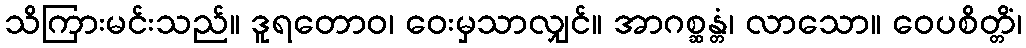
သိကြားမင်းသည်။ ဒူရတောဝ၊ ဝေးမှသာလျှင်။ အာဂစ္ဆန္တံ၊ လာသော။ ဝေပစိတ္တိံ၊